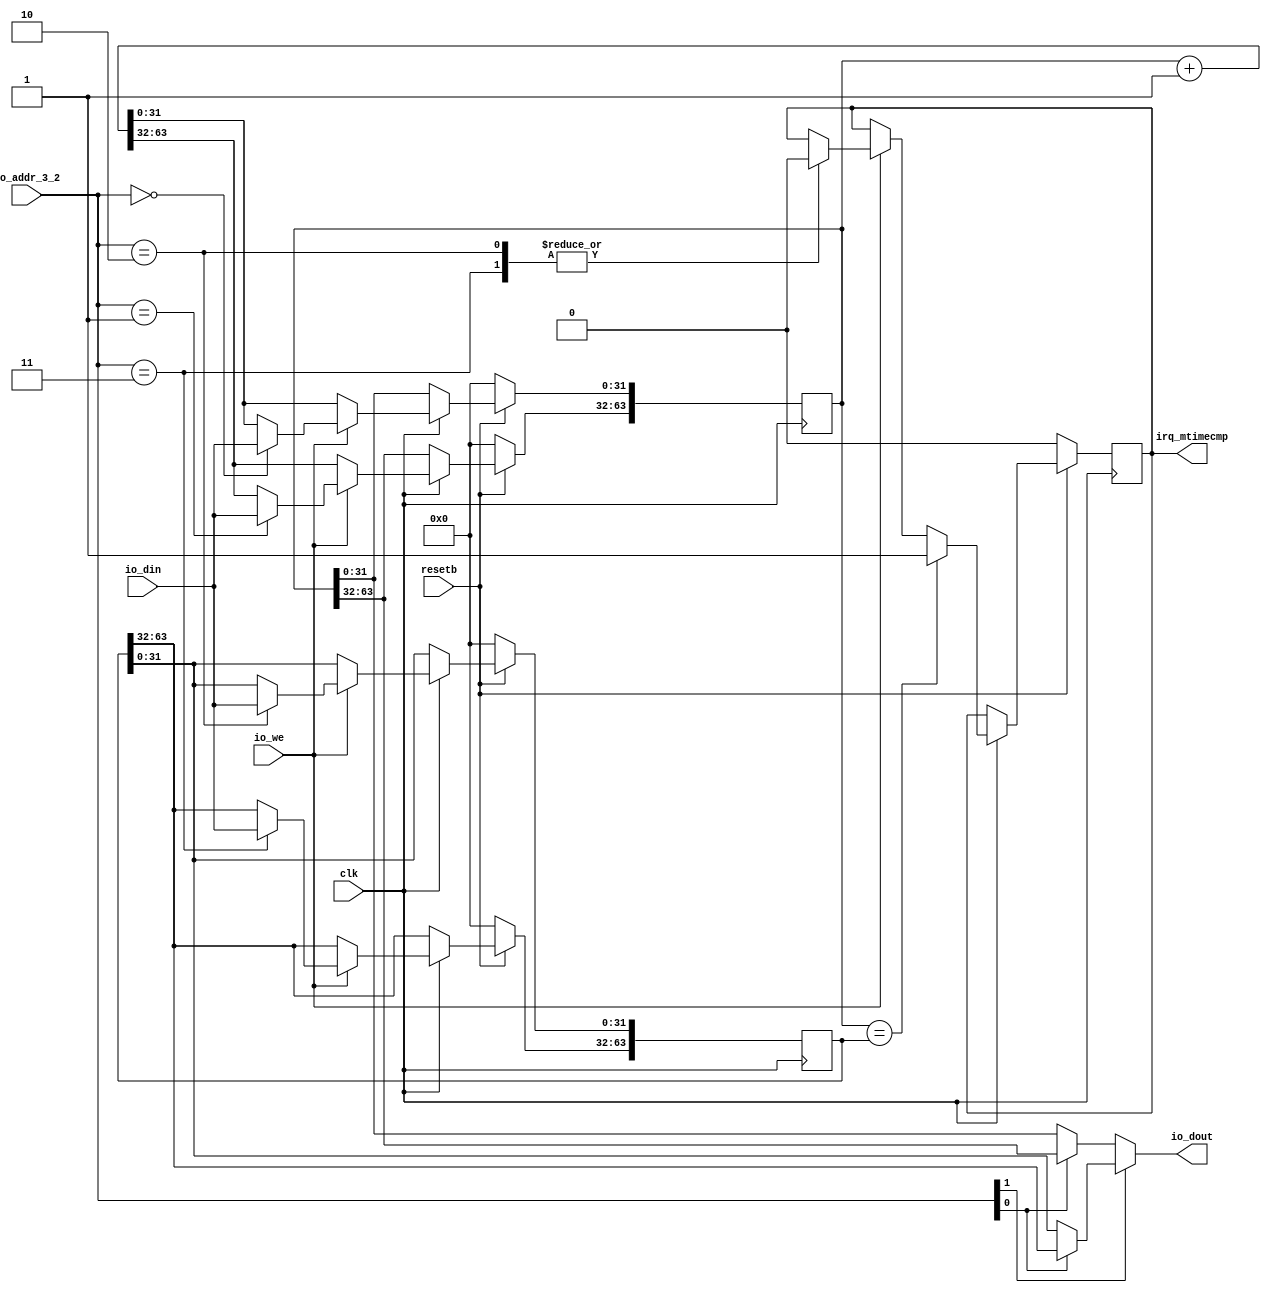
// This program was cloned from: https://github.com/rongcuid/riscv-megaproject
// License: BSD 3-Clause "New" or "Revised" License

/*
* 64 Bit system timer sitting on IO address space
* mtime - 0x80000010
* mtimecmp - 0x80000018
* TODO: interrupts
*/

module timer(
  input wire clk,
  input wire resetb,
  // No io_en signal since read has no side effect
  input wire [3:2] io_addr_3_2,
    input wire io_we,
    input wire [31:0] io_din,
    output wire [31:0] io_dout,
    // mtimecmp port
    // IRQ
    output reg irq_mtimecmp
    );

    reg [63:0] mtime;
    reg [63:0] mtimecmp;

    always @ (posedge clk) begin : TIMER_PIPELINE
      if (!resetb) begin
        mtime <= 64'b0;
        // mtimecmp <= 64'hFFFFFFFFFFFFFFFF;
        mtimecmp <= 64'b0;
        irq_mtimecmp <= 1'b0;
      end
      else if (clk) begin
        mtime <= mtime + 1;
        if (io_we) begin
          case (io_addr_3_2[3:2])
            2'b00: mtime[0+:32] <= io_din;
            2'b01: mtime[32+:32] <= io_din;
            2'b10: begin 
            mtimecmp[0+:32] <= io_din;
            irq_mtimecmp <= 1'b0;
          end
          2'b11: begin 
          mtimecmp[32+:32] <= io_din;
          irq_mtimecmp <= 1'b0;
        end
      endcase
    end
    if (mtime == mtimecmp) begin
      irq_mtimecmp <= 1'b1;
    end
  end
end

assign io_dout = 
  io_addr_3_2[3]
  ? ( io_addr_3_2[2] ? mtimecmp[32+:32] : mtimecmp[0+:32] )
  : ( io_addr_3_2[2] ? mtime[32+:32] : mtime[0+:32] );

  endmodule